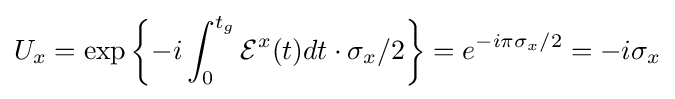
U_{x}=\exp \left\{-i\int _{0}^{t_{g}}{\mathcal {E}}^{x}(t)dt\cdot \sigma _{x}/2\right\}=e^{-i\pi \sigma _{x}/2}=-i\sigma _{x}